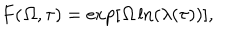
F ( { \mit \Omega } , \tau ) = \exp [ { \mit \Omega } \ln ( \lambda ( \tau ) ) ] ,